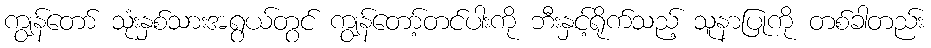
ကျွန်တော် သုံးနှစ်သားအရွယ်တွင် ကျွန်တော့်တင်ပါးကို ဘီးနှင့်ရိုက်သည့် သူနာပြုကို တစ်ခါတည်း